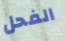
الفحل